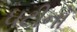
ઘટીનો